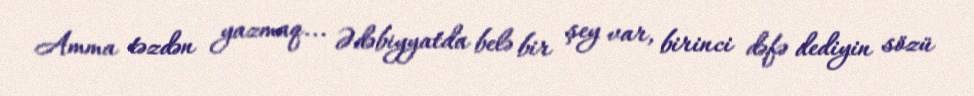
Amma təzdən yazmaq... Ədəbiyyatda belə bir şey var, birinci dəfə dediyin sözü